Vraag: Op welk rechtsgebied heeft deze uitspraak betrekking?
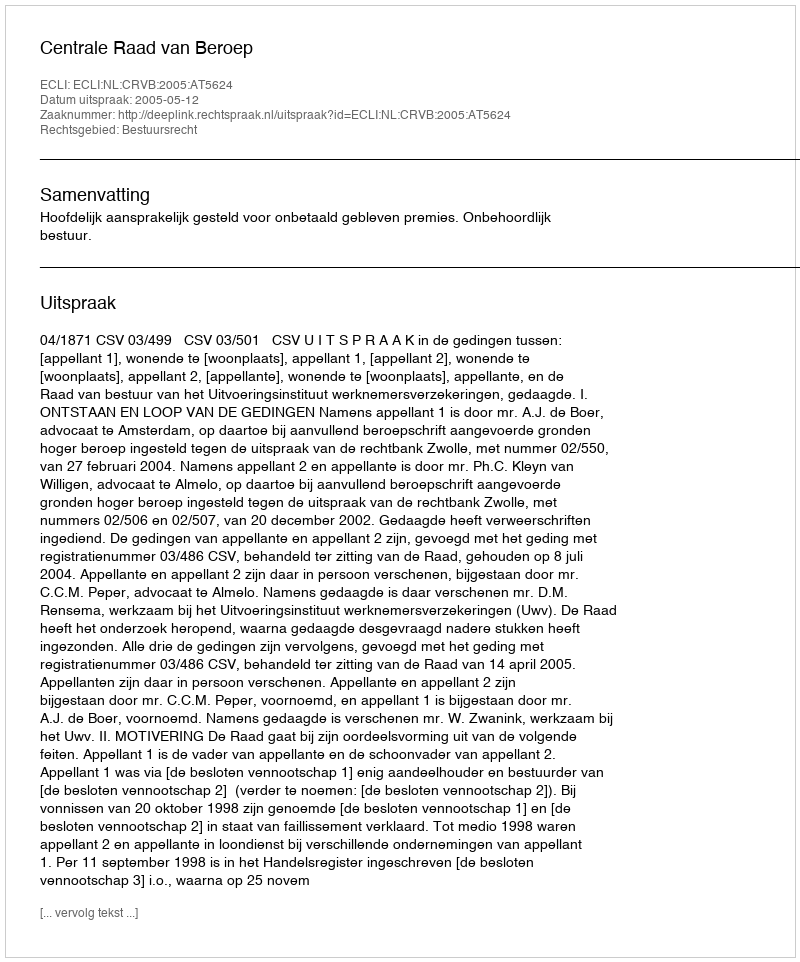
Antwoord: Bestuursrecht